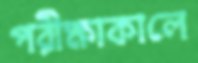
পরীক্ষাকালে